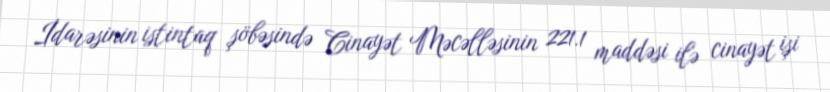
İdarəsinin istintaq şöbəsində Cinayət Məcəlləsinin 221.1 maddəsi ilə cinayət işi